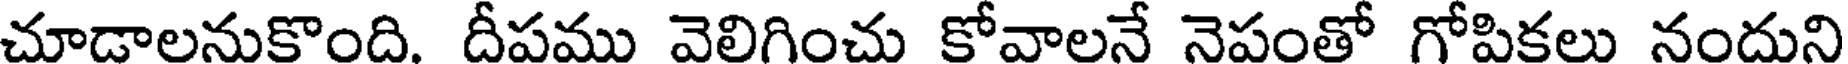
చూడాలనుకొంది. దీపము వెలిగించు కోవాలనే నెపంతో గోపికలు నందుని